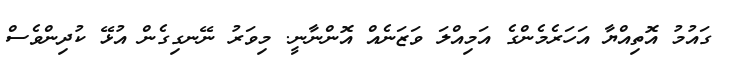
ގައުމު އޮތިއްޔާ އަހަރެމެންގެ އަމިއްލަ ވަޒަނެއް އޮންނާނީ. މިވަރު ނޭނގިގެން އުޅޭ ކުދިންވެސް